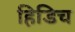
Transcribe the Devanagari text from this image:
हिडिच